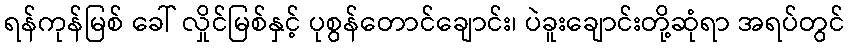
ရန်ကုန်မြစ် ခေါ် လှိုင်မြစ်နှင့် ပုစွန်တောင်ချောင်း၊ ပဲခူးချောင်းတို့ဆုံရာ အရပ်တွင်